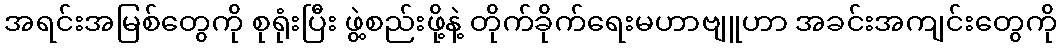
အရင်းအမြစ်တွေကို စုရုံးပြီး ဖွဲ့စည်းဖို့နဲ့ တိုက်ခိုက်ရေးမဟာဗျူဟာ အခင်းအကျင်းတွေကို